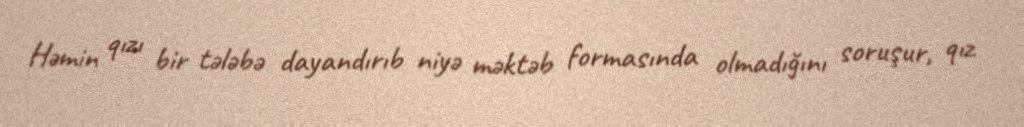
Həmin qızı bir tələbə dayandırıb niyə məktəb formasında olmadığını soruşur, qız